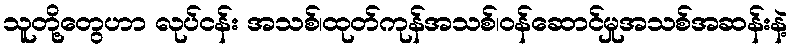
သူတို့တွေဟာ လုပ်ငန်း အသစ်၊ထုတ်ကုန်အသစ်၊ဝန်ဆောင်မှုအသစ်အဆန်းနဲ့